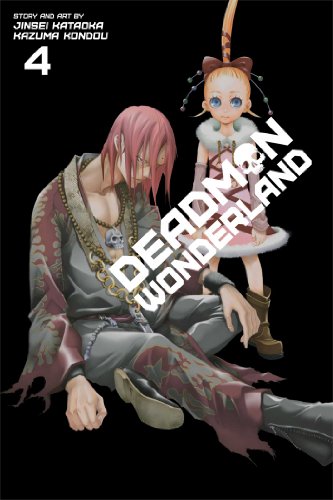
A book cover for Deadman Wonderland, Vol. 4; Jinsei Kataoka; Comics & Graphic Novels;